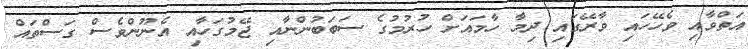
އަތްވާއި ވެހޭހައި ވާރޭގައި ދިމާ ހާމައަށް ހުރުމުގެ ސަބަބުންނާއި ޖޭމުގަހާއި އެނޫންވެސް ގަސްތައް